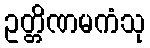
ဥတ္တိဏမကံသု